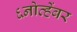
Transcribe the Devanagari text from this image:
६नोव्हेंबर